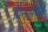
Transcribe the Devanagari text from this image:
पिनअप्स